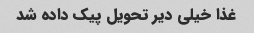
غذا خیلی دیر تحویل پیک داده شد